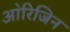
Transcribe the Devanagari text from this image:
आ॓रिजिन